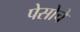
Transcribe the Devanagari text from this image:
पेसोचे